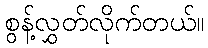
စွန့်လွှတ်လိုက်တယ်။